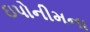
ઇપોનીમના